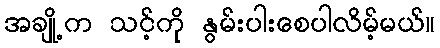
အချို့က သင့်ကို နွမ်းပါးစေပါလိမ့်မယ်။